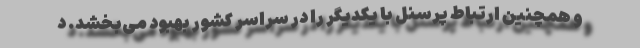
و همچنین ارتباط پرسنل با یکدیگر را در سراسر کشور بهبود می‌بخشد. د